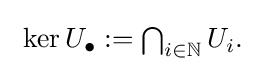
{\textstyle \ \ker U_{\bullet }:=\bigcap _{i\in \mathbb {N} }U_{i}.}